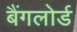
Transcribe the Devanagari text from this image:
बैंगलोर्ड